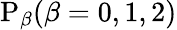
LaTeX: \mathrm{P}_{\beta}(\beta=0,1,2)